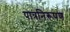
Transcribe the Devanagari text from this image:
पात्रनिरूपण